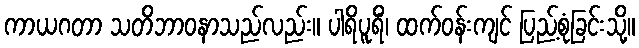
ကာယဂတာ သတိဘာဝနာသည်လည်း။ ပါရိပူရိံ၊ ထက်ဝန်းကျင် ပြည့်စုံခြင်းသို့။